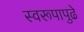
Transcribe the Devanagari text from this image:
स्वरूपापुढे